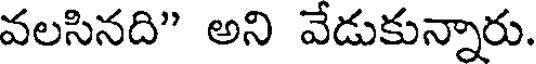
వలసినది" అని వేడుకున్నారు.